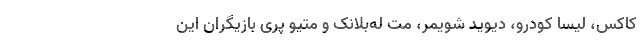
کاکس، لیسا کودرو، دیوید شویمر، مت له‌بلانک و متیو پری بازیگران این